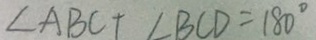
\angle A B C + \angle B C D = 1 8 0 ^ { \circ }